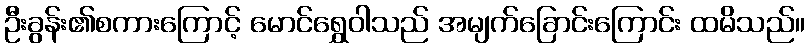
ဦးခွန်း၏စကားကြောင့် မောင်ရွှေဝါသည် အမျက်ခြောင်းကြောင်း ထမိသည်။